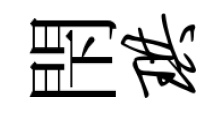
閇珙